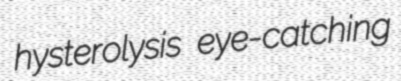
hysterolysis eye-catching